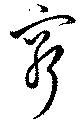
窮